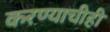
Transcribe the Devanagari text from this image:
करण्‍याचीही